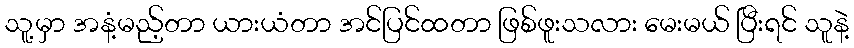
သူ့မှာ အနံ့မည့်တာ ယားယံတာ အင်ပြင်ထတာ ဖြစ်ဖူးသလား မေးမယ် ပြီးရင် သူနဲ့